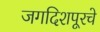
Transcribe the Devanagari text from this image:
जगदिशपूरचे